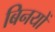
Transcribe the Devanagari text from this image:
बिनयों